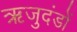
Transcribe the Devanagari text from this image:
ऋजुदंडों